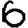
Digit: 6